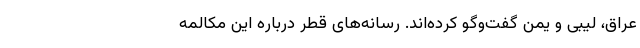
عراق، لیبی و یمن گفت‌وگو کرده‌اند. رسانه‌های قطر درباره این مکالمه